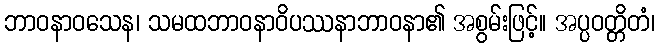
ဘာဝနာဝသေန၊ သမထဘာဝနာဝိပဿနာဘာဝနာ၏ အစွမ်းဖြင့်။ အပ္ပဝတ္တိတံ၊